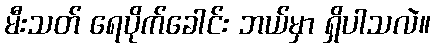
မီးသတ် ရေပိုက်ခေါင်း ဘယ်မှာ ရှိပါသလဲ။